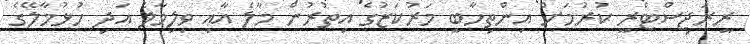
ރީރަޖިސްޓްރީ ކުރުމަށް އިންތިހާބީ މަރުކަޒުގެ އިތުރުން މާލެ އާއި ވިލިމާލެ އަދި ހުޅުމާލޭގެ